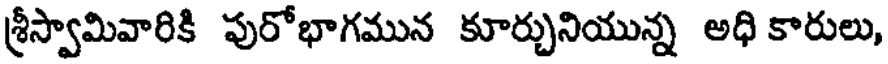
శ్రీస్వామివారికి పురోభాగమున కూర్చునియున్న అధి కారులు,